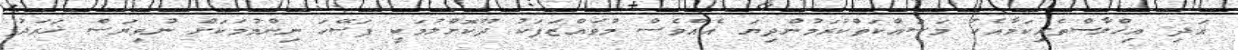
އަދި އިޚްލާސްތެރިކަމާއެކު މަސައްކަތްކުރަމުންދިޔަ އެއްވެސް މުވައްޒަފަކު ދޫކޮށްލުމަކީ ފަސޭހަ ނިންމުމަކަށް ނުވިޔަސް ޚަރަދު